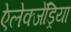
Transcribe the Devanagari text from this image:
ऐलेक्जेंड्रिया